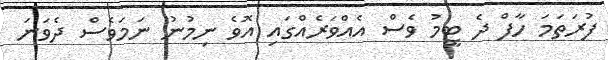
ފުރަތަމަ ހާފް ދެ ޓީމު ވެސް އެއްވަރެއްގައި އޮވެ ނިމުނު ނަމަވެސް ދެވަނަ